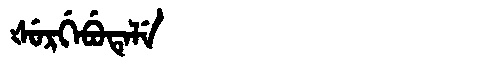
Manchu: ᡧᡠᡵᡤᡝᠪᡠᡨᡝᠯᡝ
Romanization: ŠURGEBUTELE